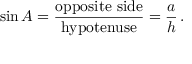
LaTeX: \sin A = { \frac { \mathrm { o p p o s i t e ~ s i d e } } { \mathrm { h y p o t e n u s e } } } = { \frac { a } { h } } \, .